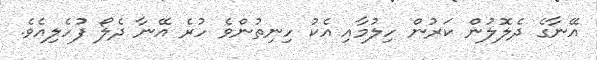
އޭނާގެ ދެލޮލުން ކަރުން ހިލުމާއި އެކު ހިނިތުންވެ ހުރެ އޭނާ ދެލޯ ފުހެލިއެވެ.